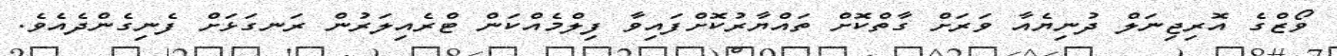
ވޯޒްގެ އޮރިޖިނަލް ދުނިޔެއާ ވަރަށް ގާތްކޮށް ތައްޔާރުކޮށްފައިވާ ފިލްމެއްކަން ޓްރެއިލަރުން ރަނގަޅަށް ފެނިގެންދެއެވެ.